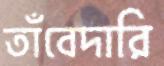
তাঁবেদারি